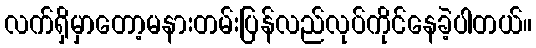
လက်ရှိမှာတော့မနားတမ်းပြန်လည်လုပ်ကိုင်နေခဲ့ပါတယ်။